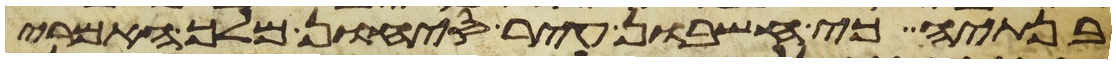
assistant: בנתיה כי חשבון עיר סיחון מלך האמרי